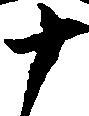
十